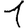
Digit: 1